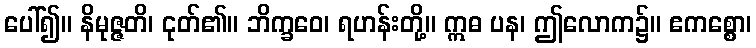
ပေါ်၍။ နိမုဇ္ဇတိ၊ ငုတ်၏။ ဘိက္ခဝေ၊ ရဟန်းတို့။ ဣဓ ပန၊ ဤလောက၌။ ဧကစ္စော၊